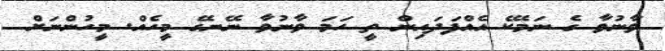
ވާނުވާ ގެ ނަމެކޭ އެއްފަދައިން ތީ ހަމަ ވާނުވާ ނޭނގޭ މީހެއް. މީހުންނަށް